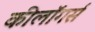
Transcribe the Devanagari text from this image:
कीलॉगर्स